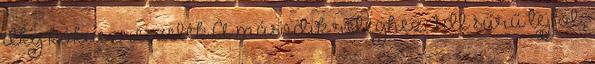
dkg kókuszreszelék A második réteghez: 1 dl sűrű tejföl,